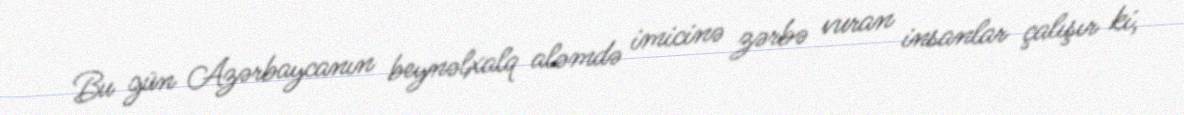
Bu gün Azərbaycanın beynəlxalq aləmdə imicinə zərbə vuran insanlar çalışır ki,